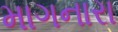
માગનારા